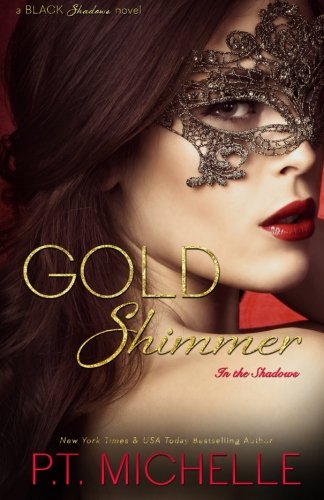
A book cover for Gold Shimmer (In the Shadows) (Volume 4); P. T. Michelle; Romance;